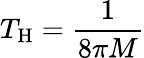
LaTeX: T_{\mathrm{H}}={\frac{1}{8\pi M}}